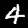
Label: 4